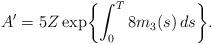
LaTeX: \begin{align*} A'=5Z\exp \biggl\{\int_0^T8m_3(s)\,ds\biggr\}.\end{align*}